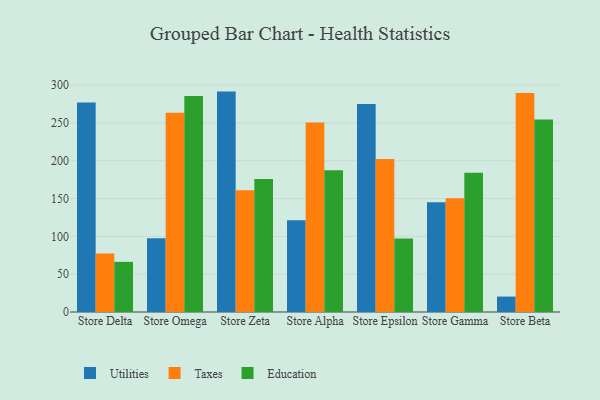
{"axis": {"x": "Store", "y": "Production Output"}, "legend": ["Education", "Taxes", "Utilities"], "data": [{"x": "Store Delta", "y": 277.1, "type": "Utilities"}, {"x": "Store Delta", "y": 77.4, "type": "Taxes"}, {"x": "Store Delta", "y": 66.3, "type": "Education"}, {"x": "Store Omega", "y": 97.6, "type": "Utilities"}, {"x": "Store Omega", "y": 263.3, "type": "Taxes"}, {"x": "Store Omega", "y": 285.6, "type": "Education"}, {"x": "Store Zeta", "y": 291.4, "type": "Utilities"}, {"x": "Store Zeta", "y": 160.9, "type": "Taxes"}, {"x": "Store Zeta", "y": 176.0, "type": "Education"}, {"x": "Store Alpha", "y": 121.4, "type": "Utilities"}, {"x": "Store Alpha", "y": 250.7, "type": "Taxes"}, {"x": "Store Alpha", "y": 187.3, "type": "Education"}, {"x": "Store Epsilon", "y": 275.1, "type": "Utilities"}, {"x": "Store Epsilon", "y": 202.4, "type": "Taxes"}, {"x": "Store Epsilon", "y": 97.3, "type": "Education"}, {"x": "Store Gamma", "y": 145.2, "type": "Utilities"}, {"x": "Store Gamma", "y": 150.4, "type": "Taxes"}, {"x": "Store Gamma", "y": 184.1, "type": "Education"}, {"x": "Store Beta", "y": 20.4, "type": "Utilities"}, {"x": "Store Beta", "y": 289.6, "type": "Taxes"}, {"x": "Store Beta", "y": 254.5, "type": "Education"}]}